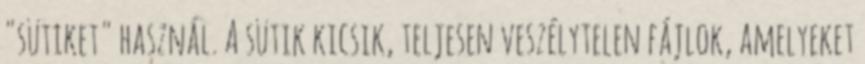
"sütiket" használ. A sütik kicsik, teljesen veszélytelen fájlok, amelyeket